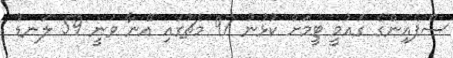
ސްޕެއިންގެ ގައުމީ ޓީމަށް ކުޅުނު 97 މެޗުގައި އޭނާ ވަނީ 59 ލަނޑު